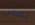
يمكن